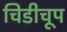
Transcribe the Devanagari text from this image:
चिडीचूप